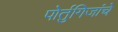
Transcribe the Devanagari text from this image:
पोर्तुगिजांचे